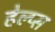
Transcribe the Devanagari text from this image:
हेल्प्स